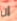
إن